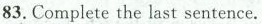
83. Complete the last sentence.